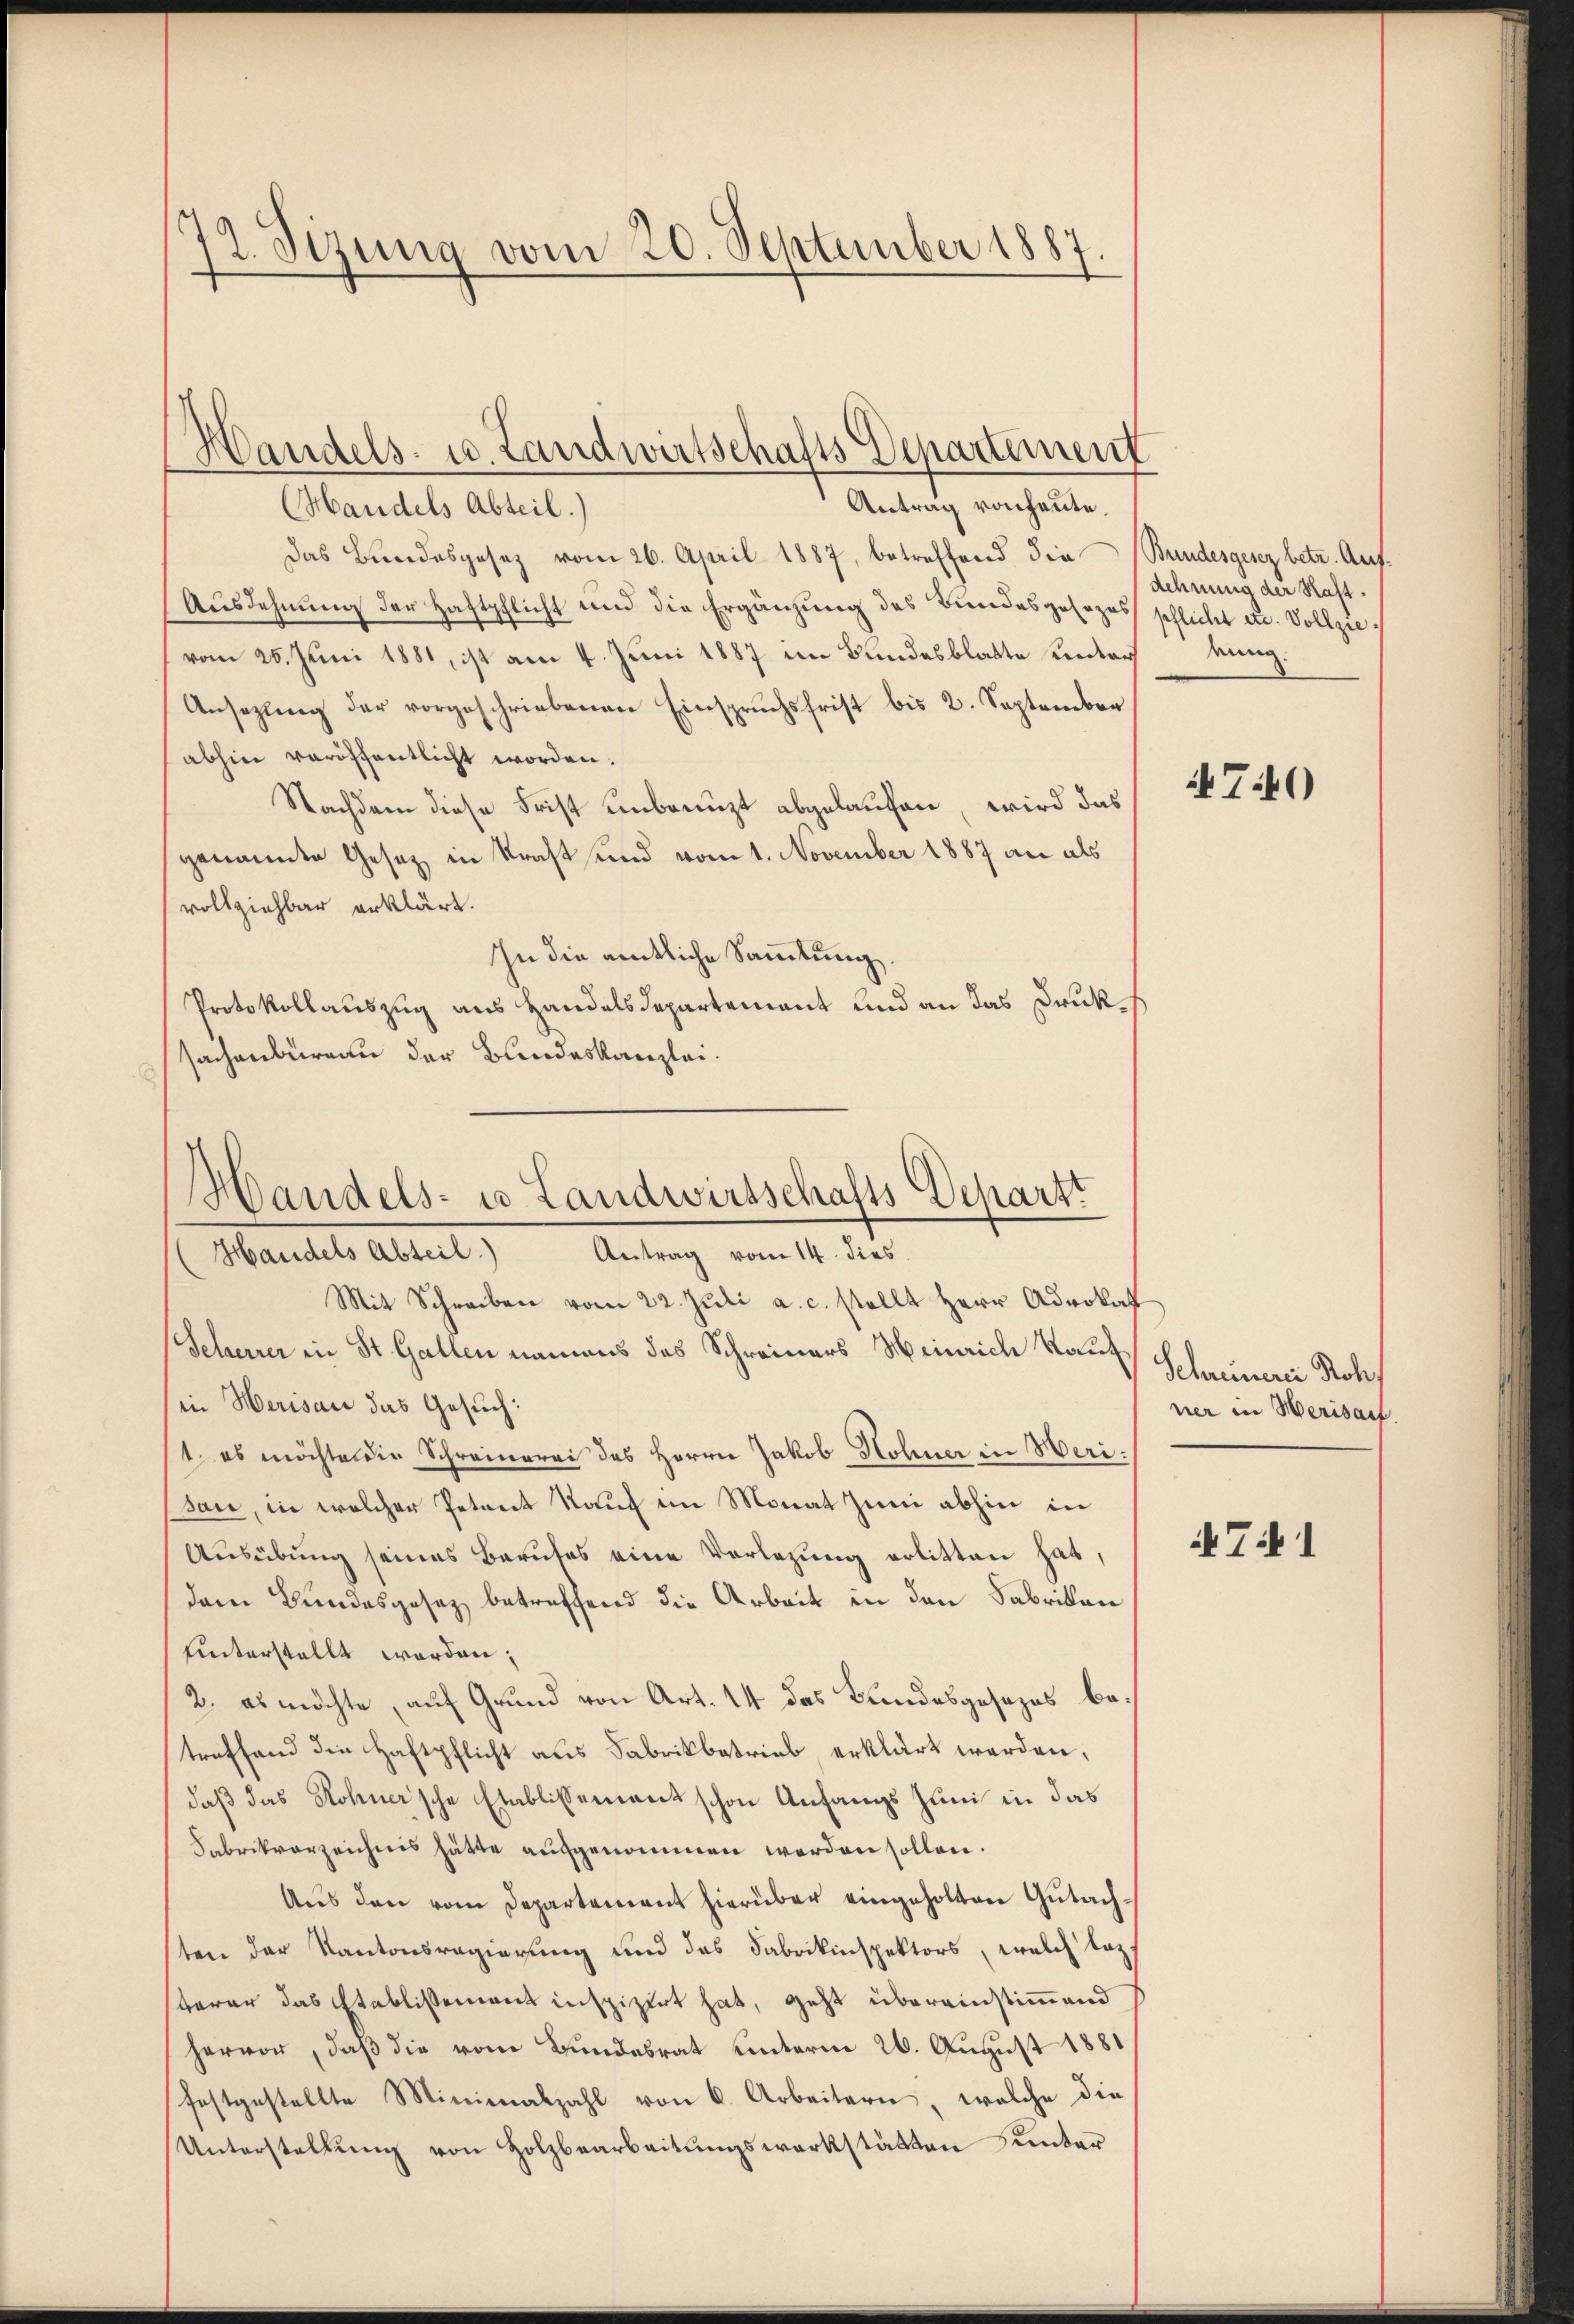
¬
)
12. Sirung vom 20. September 1887.

Antrag von heute.
Handels Abteil.)
Das Bundesgesetz vom 26. April 1887, betreffend die Bundesgesez betr. Auf¬
Ausdehnung der Haftpflicht und die Ergänzung des Bundesgesezes schlicht u. Vollzievom 25. Juni 1881, ist am 4. Juni 1887 im Bundesblatte unterkung.
Ansezung der vorgeschriebenen Einsprŭchsfrist bis 2. September
abhin veröffentlicht worden.
Nachdem diese Frist unbenuzt abgelaufen, wird das
genannte Gesetz in Kraft und vom 1. November 1887 an als
vollziehbar erklärt.
In die amtliche Sammlung.
Protokollauszug aus Handelsdepartement und an das Druksachenburgau der Bundeskanzlei.

Handels- u. Landwirtschafts Departement

Handels- u Landwirtschafts Departt
Handels Abteil.) Antrag vom 14. dies

Mit Schreiben vom 22. Juli a. c. stellt Herr Advokat
Seherrer in St. Gallen namens des Schreiners Weinriche Kauf
in Herisau das Gesuch:
t es möchten die Schreinerei des Herrn Jakob Hohner in Merisan, in welcher Petent Kauf im Monat Juni abhin in
Ausübung seines Berufes eine Vorlegung erlitten hat,
dem Bundesgesez betreffend die Arbeit in den Fabrikan
unterstellt werden;
2. es möchte, auf Grund von Art. 14 das Bundesgesezes betreffend die Haftpflicht aus Fabrikbetrieb, erklärt werden,
daß das Rohner’sche Etablissement schon Anfangs Juni in das
Fabrikvorzeichnis hätte aufgenommen werden sollen.
Aus den vom Departement hierüber eingeholten Gutachsten der Kantonsregierung und das Fabrikinspektors, welch laz
sterer das Etablissement inspizirt hat, geht übereinstimmend
hervor, daß die vom Bundesrat unterm 26. August 1881
festgestellte Minienabzahl von 6. Arbeitern, welche die
Unterstellŭng von Holzbearbeitŭngswerkstätten unter

dehnung der Halt¬

740

Schreinerei Roh
ner in Merisauf

TN 1